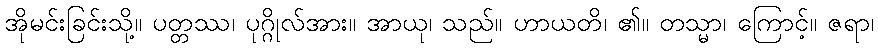
အိုမင်းခြင်းသို့။ ပတ္တဿ၊ ပုဂ္ဂိုလ်အား။ အာယု၊ သည်။ ဟာယတိ၊ ၏။ တသ္မာ၊ ကြောင့်။ ဇရာ၊